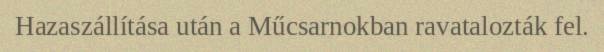
Hazaszállítása után a Műcsarnokban ravatalozták fel.